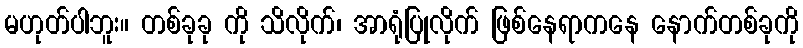
မဟုတ်ပါဘူး။ တစ်ခုခု ကို သိလိုက်၊ အာရုံပြုလိုက် ဖြစ်နေရာကနေ နောက်တစ်ခုကို